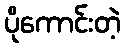
ပိုကောင်းတဲ့